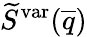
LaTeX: \widetilde{S}^{\mathrm{var}}(\overline{{q}})